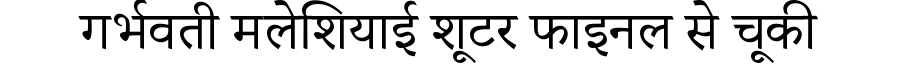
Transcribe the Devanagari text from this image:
गर्भवती मलेशियाई शूटर फाइनल से चूकी